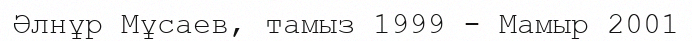
Әлнұр Мұсаев, тамыз 1999 - Мамыр 2001